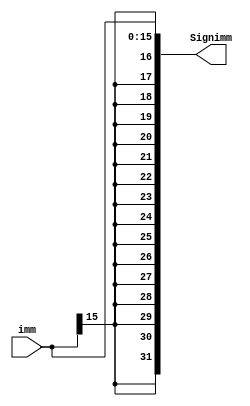

//////////////////////////////////////////////////////////////////////////////////
// Company: 
// 
// Design Name: 
// Module Name: sign_extend
// Project Name: single cycle MIPS
// Target Devices: 
// Tool Versions: 
// Description: 
// 
// Dependencies: 
// 
// Revision:
// Revision 0.01 - File Created
// Additional Comments:
// 
//////////////////////////////////////////////////////////////////////////////////

module sign_extend 
						(
						input [15:0] imm,
						output reg [31:0] Signimm
						);
						
						always @(imm)
						begin
							Signimm = {{16{imm[15]}},imm};
						end
endmodule